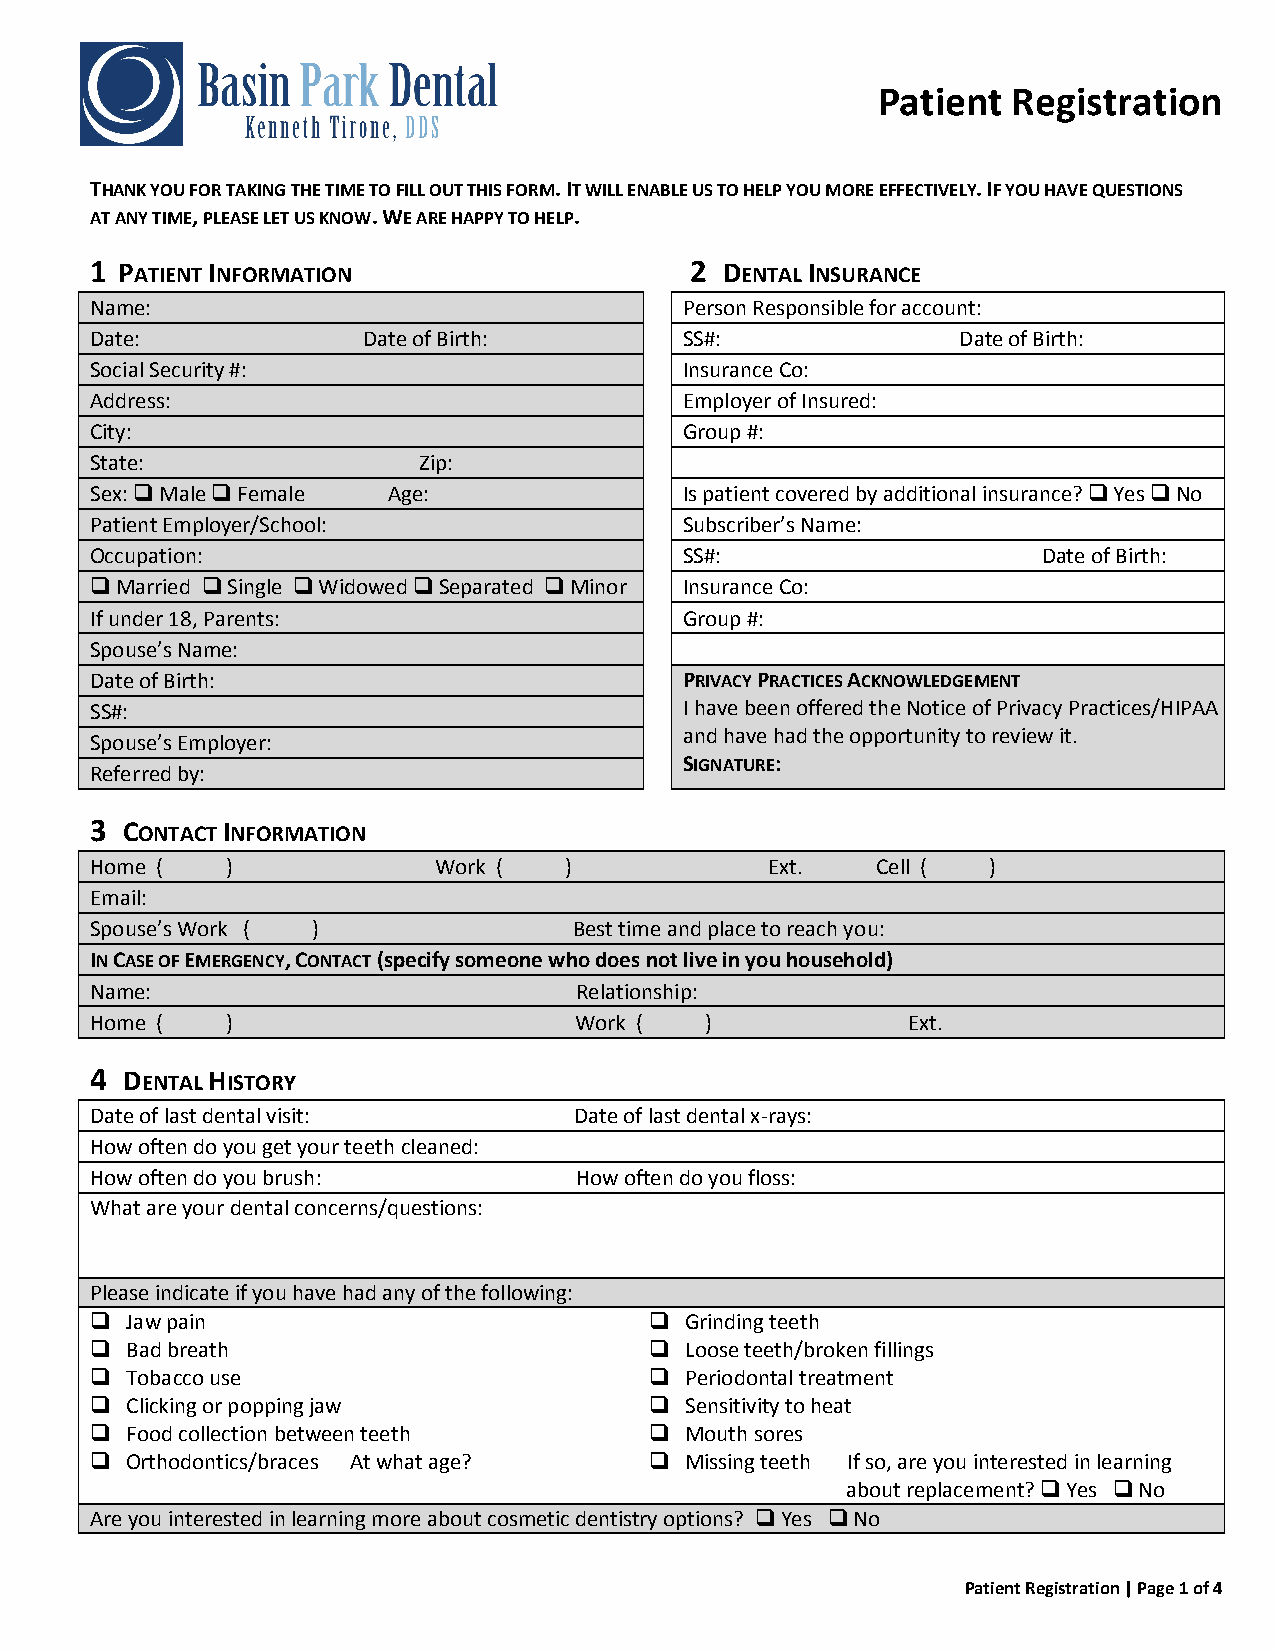
Patient  Registration
 THANK YOU FOR TAKING THE TIME TO FILL OUT THIS FORM. IT WILL ENABLE US TO HELP YOU MORE EFFECTIVELY. IF YOU HAVE QUESTIONS
 AT ANY TIME, PLEASE LET US KNOW. WE ARE HAPPY TO HELP.
 1 PATIENT INFORMATION                   2 DENTAL INSURANCE
 Name:                                  Person Responsible for account:
 Date:             Date of Birth:       SS#:               Date of Birth:
 Social Security #:                     Insurance Co:
 Address:                               Employer of Insured:
 City:                                  Group #:
 State:                Zip:
 Sex:  Male  Female Age:              Is patient covered by additional insurance?  Yes  No
 Patient Employer/School:               Subscriber’s Name:
 Occupation:                            SS#:                    Date of Birth:
 Married  Single  Widowed  Separated  Minor Insurance Co:
 If under 18, Parents:                  Group #:
 Spouse’s Name:
 Date of Birth:                         PRIVACY PRACTICES ACKNOWLEDGEMENT
 SS#:                                   I have been offered the Notice of Privacy Practices/HIPAA
 and have had the opportunity to review it.
 Spouse’s Employer:
 SIGNATURE:
 Referred by:
 3 CONTACT INFORMATION
 Home (   )             Work (  )             Ext.   Cell (  )
 Email:
 Spouse’s Work ( )               Best time and place to reach you:
 IN CASE OF EMERGENCY, CONTACT (specify someone who does not live in you household)
 Name:                           Relationship:
 Home (   )                      Work (   )            Ext.
 4 DENTAL HISTORY
 Date of last dental visit:      Date of last dental x-rays:
 How often do you get your teeth cleaned:
 How often do you brush:         How often do you floss:
 What are your dental concerns/questions:
 Please indicate if you have had any of the following:
  Jaw pain                            Grinding teeth
  Bad breath                          Loose teeth/broken fillings
  Tobacco use                         Periodontal treatment
  Clicking or popping jaw             Sensitivity to heat
  Food collection between teeth       Mouth sores
  Orthodontics/braces At what age?    Missing teeth If so, are you interested in learning
 about replacement?  Yes  No
 Are you interested in learning more about cosmetic dentistry options?  Yes  No
 Patient Registration | Page 1 of 4